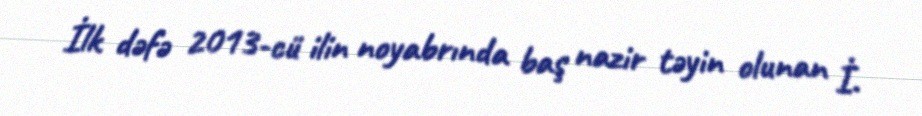
İlk dəfə 2013-cü ilin noyabrında baş nazir təyin olunan İ.